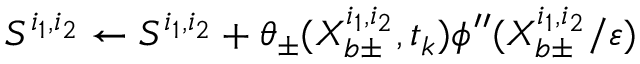
S ^ { i _ { 1 } , i _ { 2 } } \gets S ^ { i _ { 1 } , i _ { 2 } } + \theta _ { \pm } ( X _ { b \pm } ^ { i _ { 1 } , i _ { 2 } } , t _ { k } ) \phi ^ { \prime \prime } ( X _ { b \pm } ^ { i _ { 1 } , i _ { 2 } } / \varepsilon )